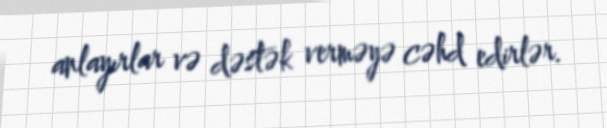
anlayırlar və dəstək verməyə cəhd edirlər.